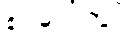
စင်ပေါ်တွင်